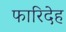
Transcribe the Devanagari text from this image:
फारिदेह